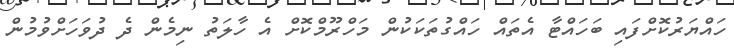
ހައްޔަރުކޮށްފައި ބަހައްޓާ އެތައް ހައްގުތަކަކުން މަހްރޫމްކޮށް އެ ހާލަތު ނިމެން ދެ ދުވަހަށްވުމުން